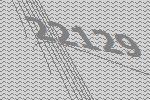
22129